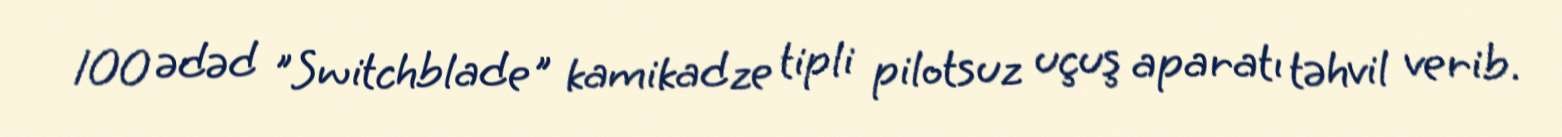
100 ədəd "Switchblade" kamikadze tipli pilotsuz uçuş aparatı təhvil verib.